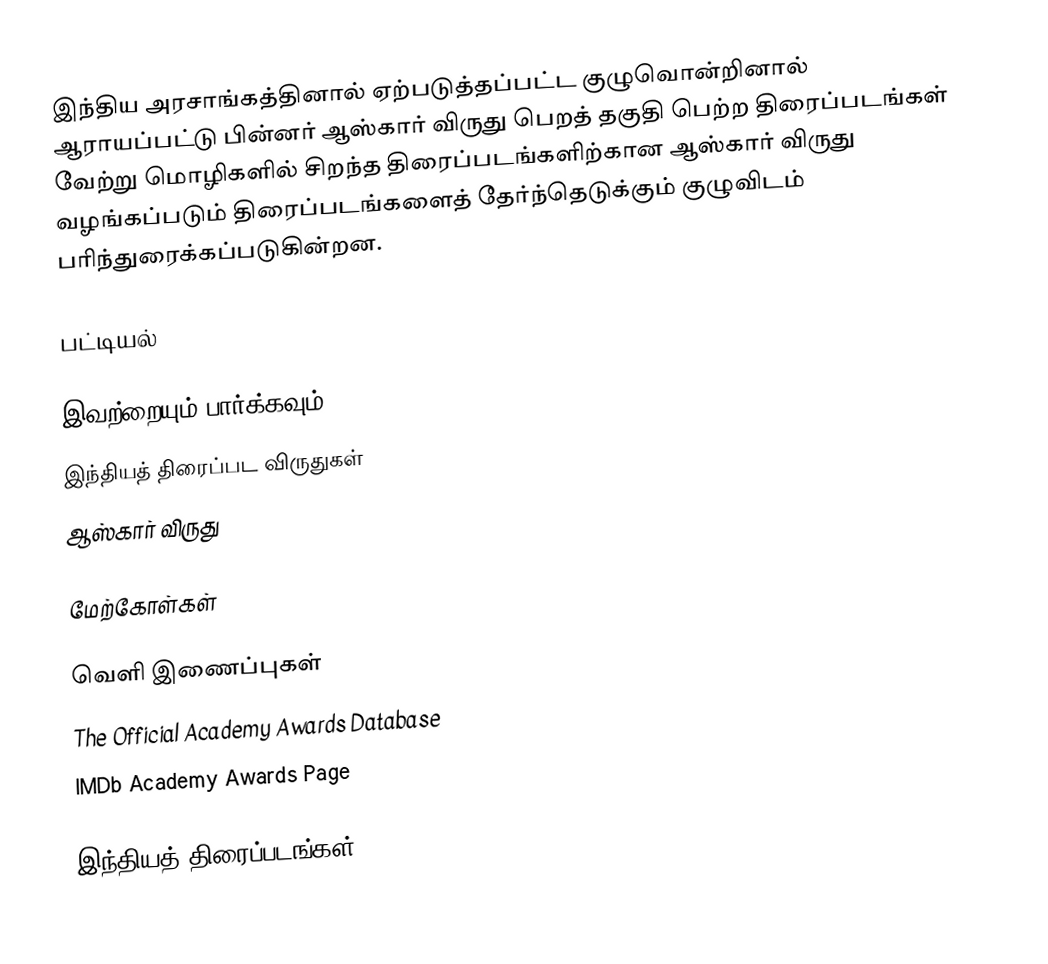
இந்திய அரசாங்கத்தினால் ஏற்படுத்தப்பட்ட குழுவொன்றினால் ஆராயப்பட்டு பின்னர் ஆஸ்கார் விருது பெறத் தகுதி பெற்ற திரைப்படங்கள் வேற்று மொழிகளில் சிறந்த திரைப்படங்களிற்கான ஆஸ்கார் விருது வழங்கப்படும் திரைப்படங்களைத் தேர்ந்தெடுக்கும் குழுவிடம் பரிந்துரைக்கப்படுகின்றன.

பட்டியல்

இவற்றையும் பார்க்கவும்
 இந்தியத் திரைப்பட விருதுகள்
 ஆஸ்கார் விருது

மேற்கோள்கள்

வெளி இணைப்புகள்
The Official Academy Awards Database
IMDb Academy Awards Page

இந்தியத் திரைப்படங்கள்